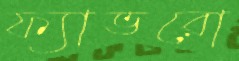
ফ্যাভরো